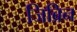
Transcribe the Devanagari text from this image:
जिब्रिन